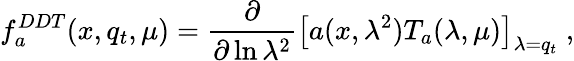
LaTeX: f_{a}^{DDT}(x,q_{t},\mu)=\frac\partial{\partial\ln\lambda^{2}}\left[a(x,\lambda^{2})T_{a}(\lambda,\mu)\right]_{\lambda=q_{t}}\; ,